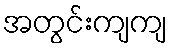
အတွင်းကျကျ